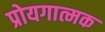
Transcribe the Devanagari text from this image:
प्रोयगात्मक